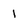
Character: 1